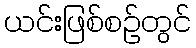
ယင်းဖြစ်စဉ်တွင်